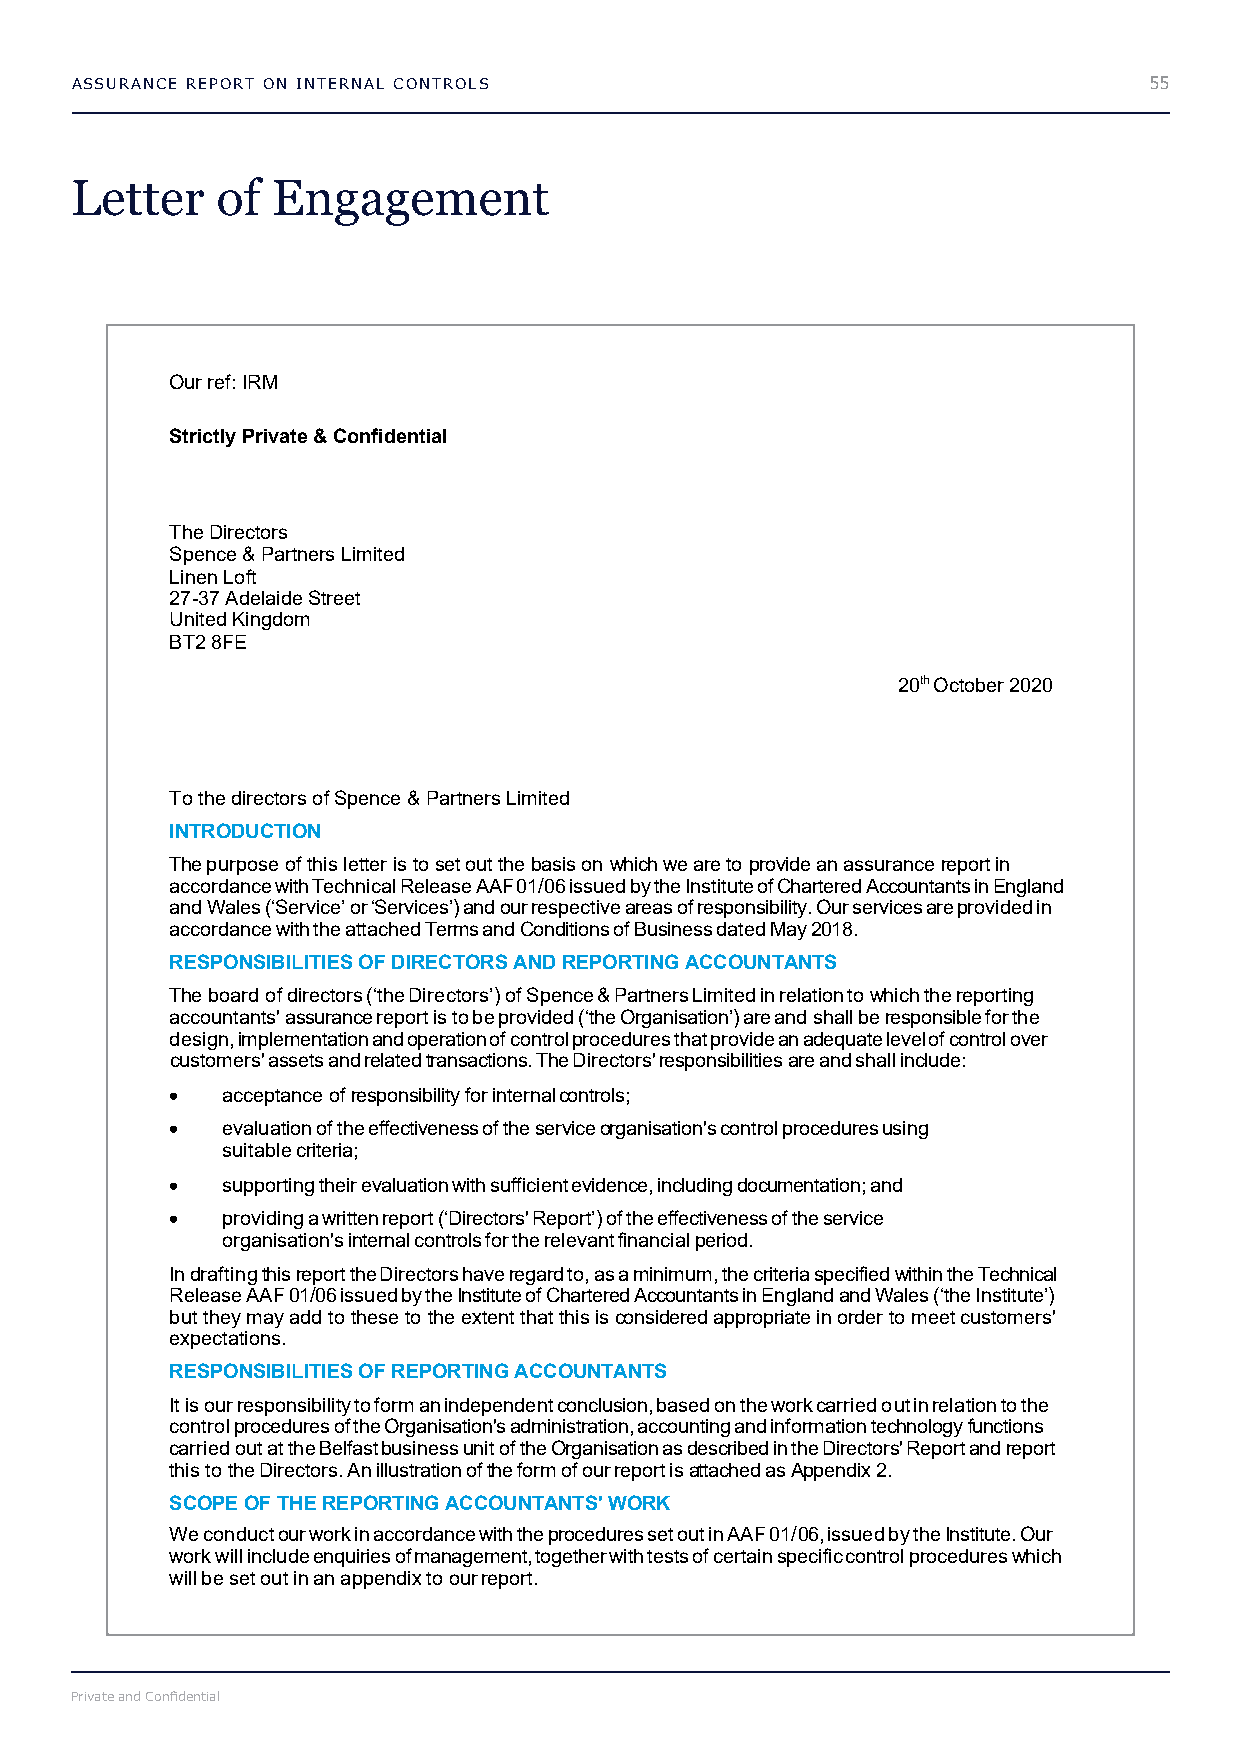
ASSURANCE REPORT ON INTERNAL CONTROLS                                  55
 Letter   of  Engagement
 Our ref: IRM
 Strictly Private & Confidential
 The Directors
 Spence & Partners Limited
 Linen Loft
 27-37 Adelaide Street
 United Kingdom
 BT2 8FE
 20th October 2020
 To the directors of Spence & Partners Limited
 INTRODUCTION
 The purpose of this letter is to set out the basis on which we are to provide an assurance report in
 accordance with Technical Release AAF 01/06 issued by the Institute of Chartered Accountants in England
 and Wales (‘Service’ or ‘Services’) and our respective areas of responsibility. Our services are provided in
 accordance with the attached Terms and Conditions of Business dated May 2018.
 RESPONSIBILITIES OF DIRECTORS AND REPORTING ACCOUNTANTS
 The board of directors (‘the Directors’) of Spence & Partners Limited in relation to which the reporting
 accountants' assurance report is to be provided (‘the Organisation’) are and shall be responsible for the
 design, implementation and operation of control procedures that provide an adequate level of control over
 customers' assets and related transactions. The Directors' responsibilities are and shall include:
 •   acceptance of responsibility for internal controls;
 •   evaluation of the effectiveness of the service organisation's control procedures using
 suitable criteria;
 •   supporting their evaluation with sufficient evidence, including documentation; and
 •   providing a written report (‘Directors' Report’) of the effectiveness of the service
 organisation's internal controls for the relevant financial period.
 In drafting this report the Directors have regard to, as a minimum, the criteria specified within the Technical
 Release AAF 01/06 issued by the Institute of Chartered Accountants in England and Wales (‘the Institute’)
 but they may add to these to the extent that this is considered appropriate in order to meet customers'
 expectations.
 RESPONSIBILITIES OF REPORTING ACCOUNTANTS
 It is our responsibility to form an independent conclusion, based on the work carried o ut in relation to the
 control procedures of the Organisation's administration, accounting and information technology functions
 carried out at the Belfast business unit of the Organisation as described in the Directors' Report and report
 this to the Directors. An illustration of the form of our report is attached as Appendix 2.
 SCOPE OF THE REPORTING ACCOUNTANTS' WORK
 We conduct our work in accordance with the procedures set out in AAF 01/ 06, issued by the Institute. Our
 work will include enquiries of management, together with tests of certain specific control procedures which
 will be set out in an appendix to our report.
 Private and Confidential